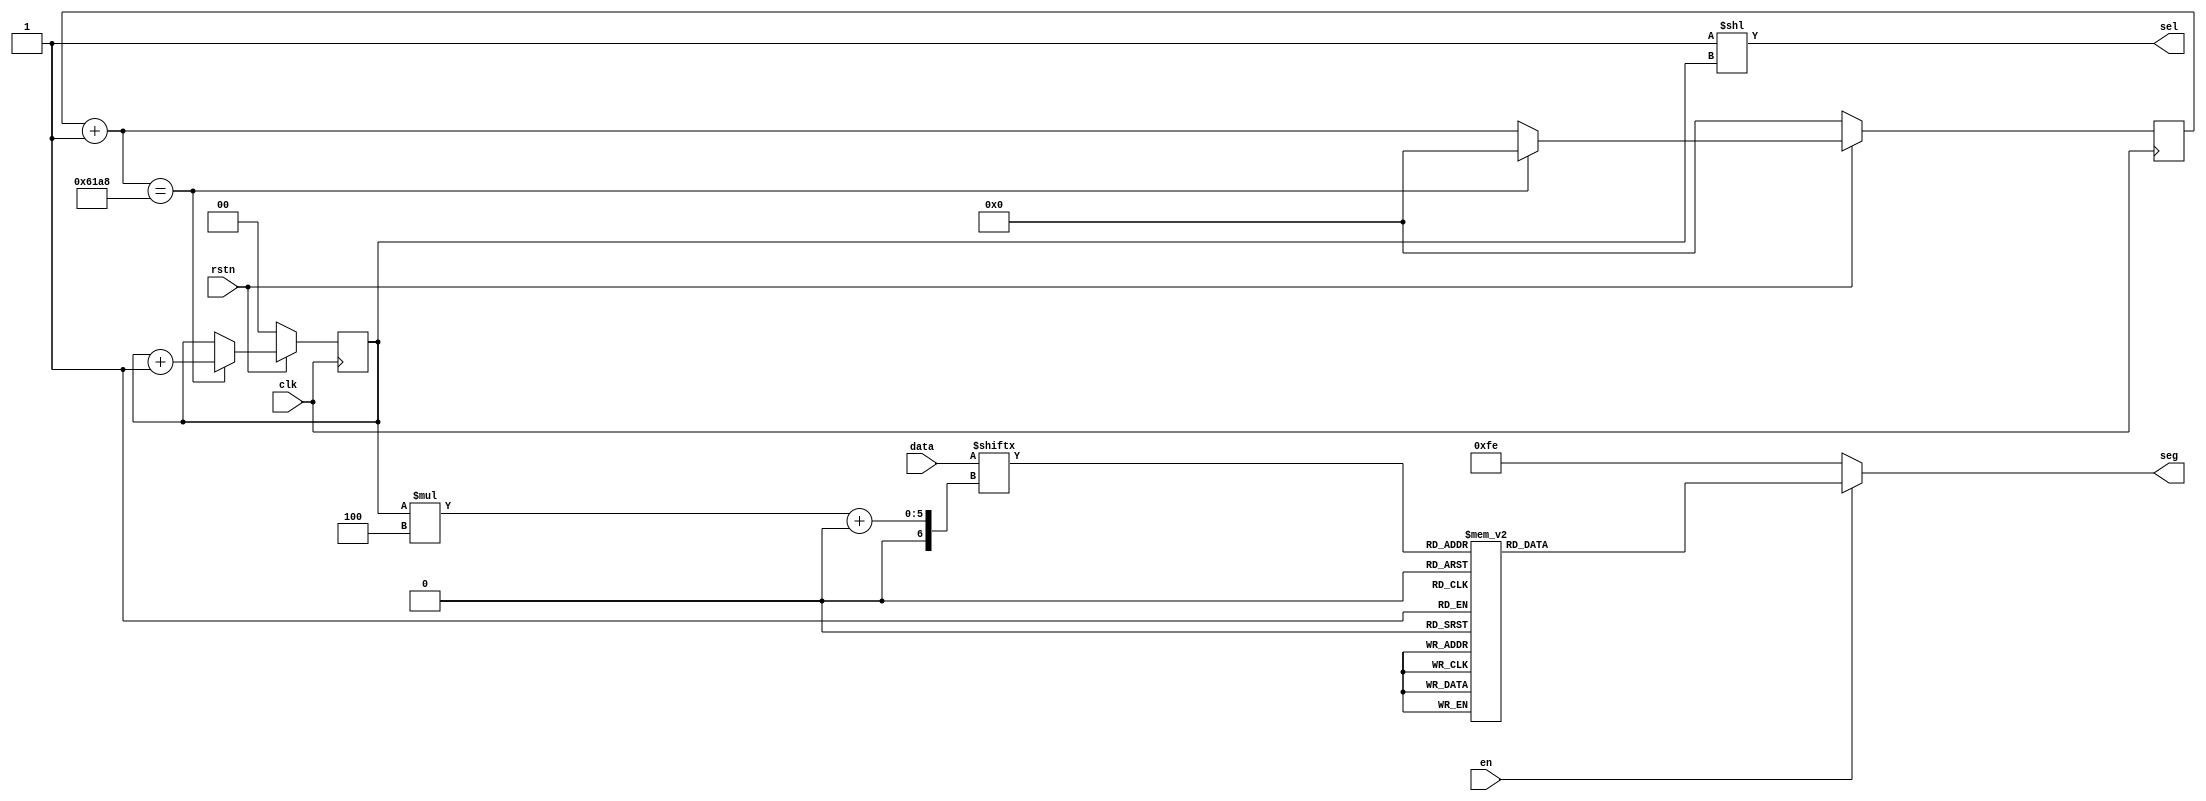
`default_nettype none

/*
    ----a----
    |       |
    f       b
    |       |
    ----g----
    |       |
    e       c
    |       |
    ----d----  .dp

    seg[7:0] = {dp, a, b, c, d, e, f, g}
*/
module digital_tube(
    input wire clk,
    input wire rstn,
    input wire en,
    input wire [15:0] data,
    output wire [3:0] sel,
    output wire [7:0] seg
);

    localparam PERIOD = 32'd25_000;

    // div counter
    reg [31:0] counter;
    always @(posedge clk) begin
        if (~rstn) begin
            counter <= 0;
        end
        else begin
            if (counter + 1 == PERIOD) 
                counter <= 0;
            else
                counter <= counter + 1;
        end
    end

    // select
    reg [1:0] select;
    always @(posedge clk) begin
        if (~rstn) begin
            select <= 0;
        end
        else begin
            if (counter + 1 == PERIOD) 
                select <= select + 1'b1;
        end
    end

    assign sel = (4'b1 << select);

    // data output
    function [7:0] hex2dig;   // dp = 1
        input [3:0] hex;
        begin
            case (hex)
            4'h0    : hex2dig = 8'b1000_0001;   // not g
            4'h1    : hex2dig = 8'b1100_1111;   // b, c
            4'h2    : hex2dig = 8'b1001_0010;   // not c, f
            4'h3    : hex2dig = 8'b1000_0110;   // not e, f
            4'h4    : hex2dig = 8'b1100_1100;   // not a, d, e
            4'h5    : hex2dig = 8'b1010_0100;   // not b, e
            4'h6    : hex2dig = 8'b1010_0000;   // not b
            4'h7    : hex2dig = 8'b1000_1111;   // a, b, c
            4'h8    : hex2dig = 8'b1000_0000;   // all
            4'h9    : hex2dig = 8'b1000_0100;   // not e
            4'hA    : hex2dig = 8'b1000_1000;   // not d
            4'hB    : hex2dig = 8'b1110_0000;   // not a, b
            4'hC    : hex2dig = 8'b1011_0001;   // a, d, e, f
            4'hD    : hex2dig = 8'b1100_0010;   // not a, f
            4'hE    : hex2dig = 8'b1011_0000;   // not b, c
            4'hF    : hex2dig = 8'b1011_1000;   // a, e, f, g
            default : hex2dig = 8'b1111_1111;
            endcase
        end
    endfunction

    assign seg = en ? hex2dig(data[select * 4 +: 4]) : 8'b1111_1110; // '-'

endmodule